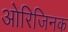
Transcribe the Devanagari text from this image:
ओरिजिनक